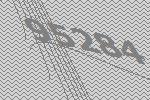
95284